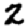
Digit: 2